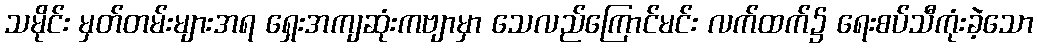
သမိုင်း မှတ်တမ်းများအရ ရှေးအကျဆုံးကဗျာမှာ သေလည်ကြောင်မင်း လက်ထက်၌ ရေးစပ်သီကုံးခဲ့သော